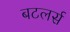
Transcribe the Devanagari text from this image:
बटलर्स